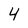
Character: 4